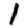
Digit: 1